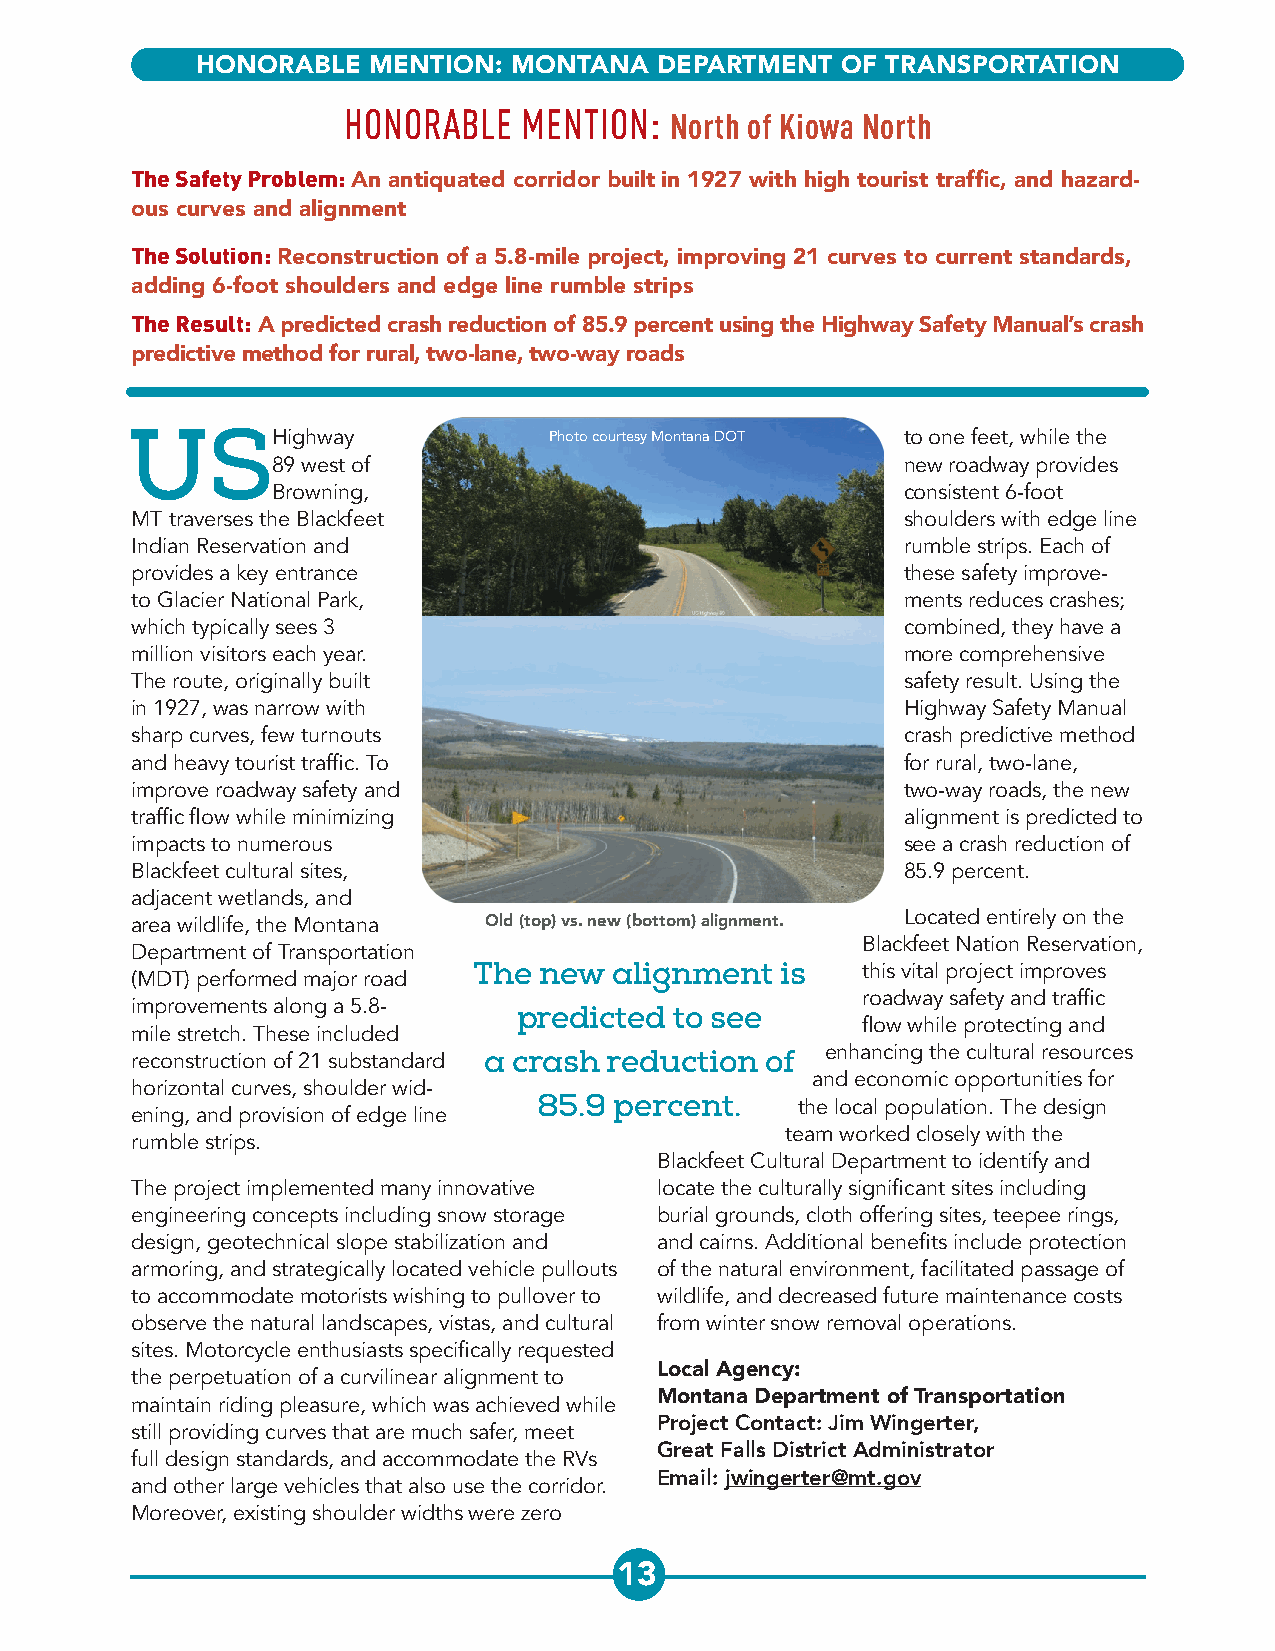
HONORABLE  MENTION:  MONTANA  DEPARTMENT   OF TRANSPORTATION
 HONORABLE   MENTION: North of Kiowa North
 The Safety Problem: An antiquated corridor built in 1927 with high tourist traffic, and hazard-
 ous curves and alignment
 The Solution: Reconstruction of a 5.8-mile project, improving 21 curves to current standards,
 adding 6-foot shoulders and edge line rumble strips
 The Result: A predicted crash reduction of 85.9 percent using the Highway Safety Manual’s crash
 predictive method for rural, two-lane, two-way roads
 USH        ighway           Photo courtesy Montana DOT to one feet, while the
 89 west of                                new roadway provides
 Browning,                                 consistent 6-foot
 MT traverses the Blackfeet                         shoulders with edge line
 Indian Reservation and                             rumble strips. Each of
 provides a key entrance                            these safety improve-
 to Glacier National Park,                          ments reduces crashes;
 which typically sees 3                             combined, they have a
 million visitors each year.                        more comprehensive
 The route, originally built                        safety result. Using the
 in 1927, was narrow with                           Highway Safety Manual
 sharp curves, few turnouts                         crash predictive method
 and heavy tourist traffic. To                      for rural, two-lane,
 improve roadway safety and                         two-way roads, the new
 traffic flow while minimizing                      alignment is predicted to
 impacts to numerous                                see a crash reduction of
 Blackfeet cultural sites,                          85.9 percent.
 adjacent wetlands, and
 Located entirely on the
 area wildlife, the Montana Old (top) vs. new (bottom) alignment.
 Blackfeet Nation Reservation,
 Department of Transportation
 The  new  alignment  is   this vital project improves
 (MDT) performed major road
 roadway safety and traffic
 improvements along a 5.8-
 predicted  to see
 flow while protecting and
 mile stretch. These included
 reconstruction of 21 substandard a crash reduction of enhancing the cultural resources
 and economic opportunities for
 horizontal curves, shoulder wid-
 85.9 percent.    the local population. The design
 ening, and provision of edge line
 team worked closely with the
 rumble strips.
 Blackfeet Cultural Department to identify and
 The project implemented many innovative locate the culturally significant sites including
 engineering concepts including snow storage burial grounds, cloth offering sites, teepee rings,
 design, geotechnical slope stabilization and and cairns. Additional benefits include protection
 armoring, and strategically located vehicle pullouts of the natural environment, facilitated passage of
 to accommodate motorists wishing to pullover to wildlife, and decreased future maintenance costs
 observe the natural landscapes, vistas, and cultural from winter snow removal operations.
 sites. Motorcycle enthusiasts specifically requested
 the perpetuation of a curvilinear alignment to Local Agency:
 maintain riding pleasure, which was achieved while Montana Department of Transportation
 still providing curves that are much safer, meet Project Contact: Jim Wingerter,
 full design standards, and accommodate the RVs Great Falls District Administrator
 and other large vehicles that also use the corridor. Email: jwingerter@mt.gov
 Moreover, existing shoulder widths were zero
 13